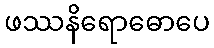
ဖဿနိရောဓောပေ